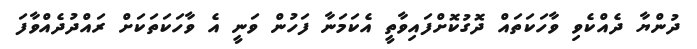
ދުންޔާ ދެއްކެވި ވާހަކަތައް ދޮގުކޮށްފައިވާތީ އެކަމަނާ ފަހުން ވަނީ އެ ވާހަކަތަކަށް ރައްދުދެއްވާފަ